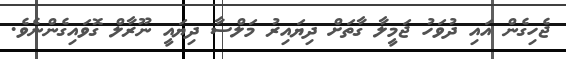
ޖެހިގެން އައި ދުވަހު ޖަމީލާ ގާތަށް ދިޔައިރު މަލްސާ ދިޔައީ ނޫރާލް ގޮވައިގެންނެވެ.